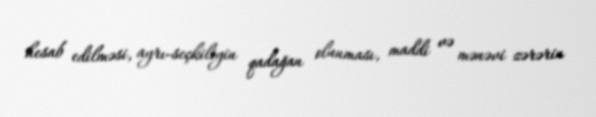
hesab edilməsi, ayrı-seçkiliyin qadağan olunması, maddi və mənəvi zərərin